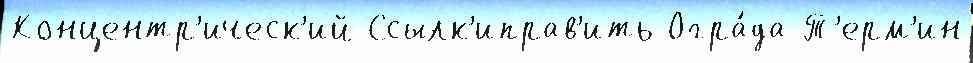
Концентр'ическ'ий Ссылк'иправ'ить Огра́да Т'ерм'ин